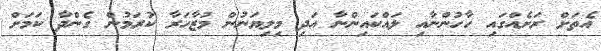
އެތަށް ރަށެއްގައި ހާހުންނާއި ލައްކައިންނާ އަދި މިލިޔަނުން މުޒާހަރާ ކުރަމުން ގެންދާ ކަމަށް